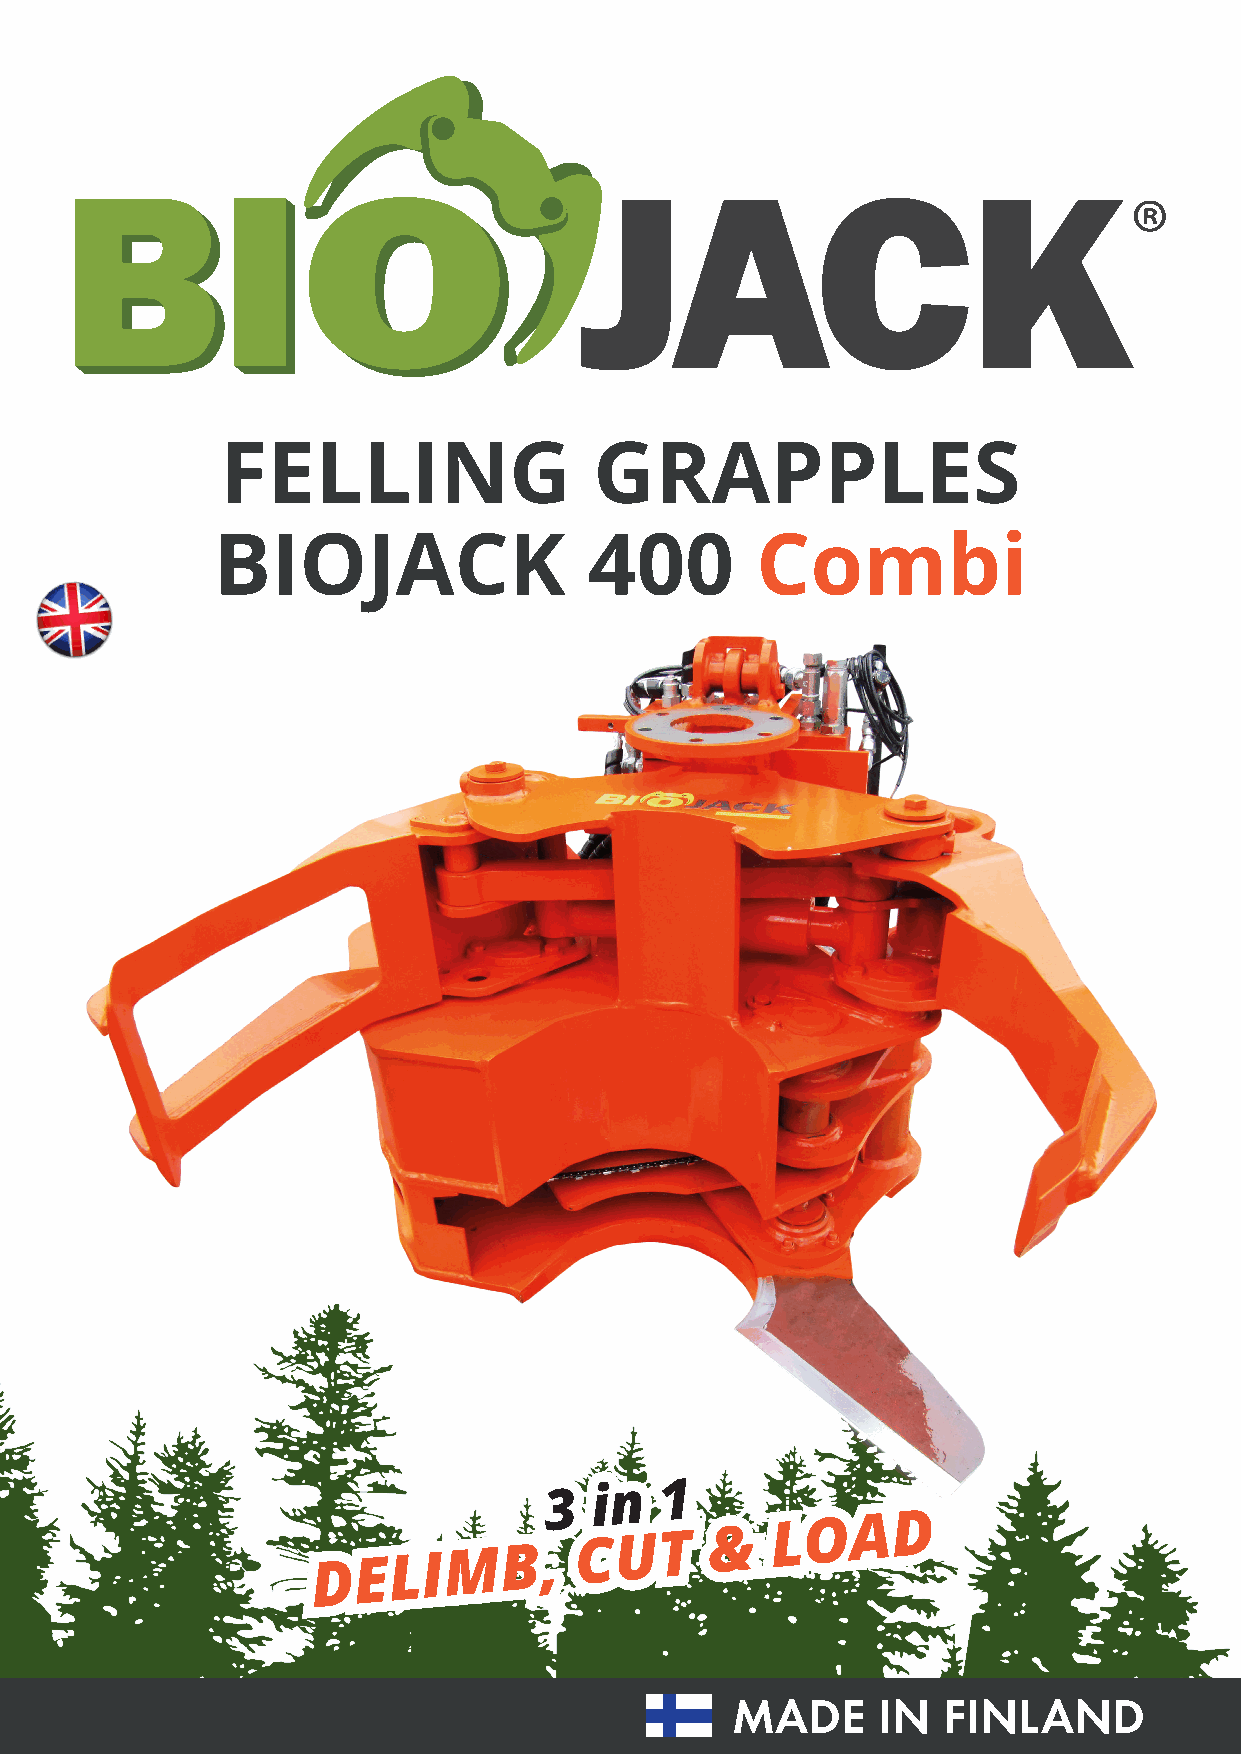
FELLING                 GRAPPLES
 BIOJACK                  400        Combi
 3  in   1
 DELIMB,
 CUT      &
 LOAD
 MADE      IN  FINLAND